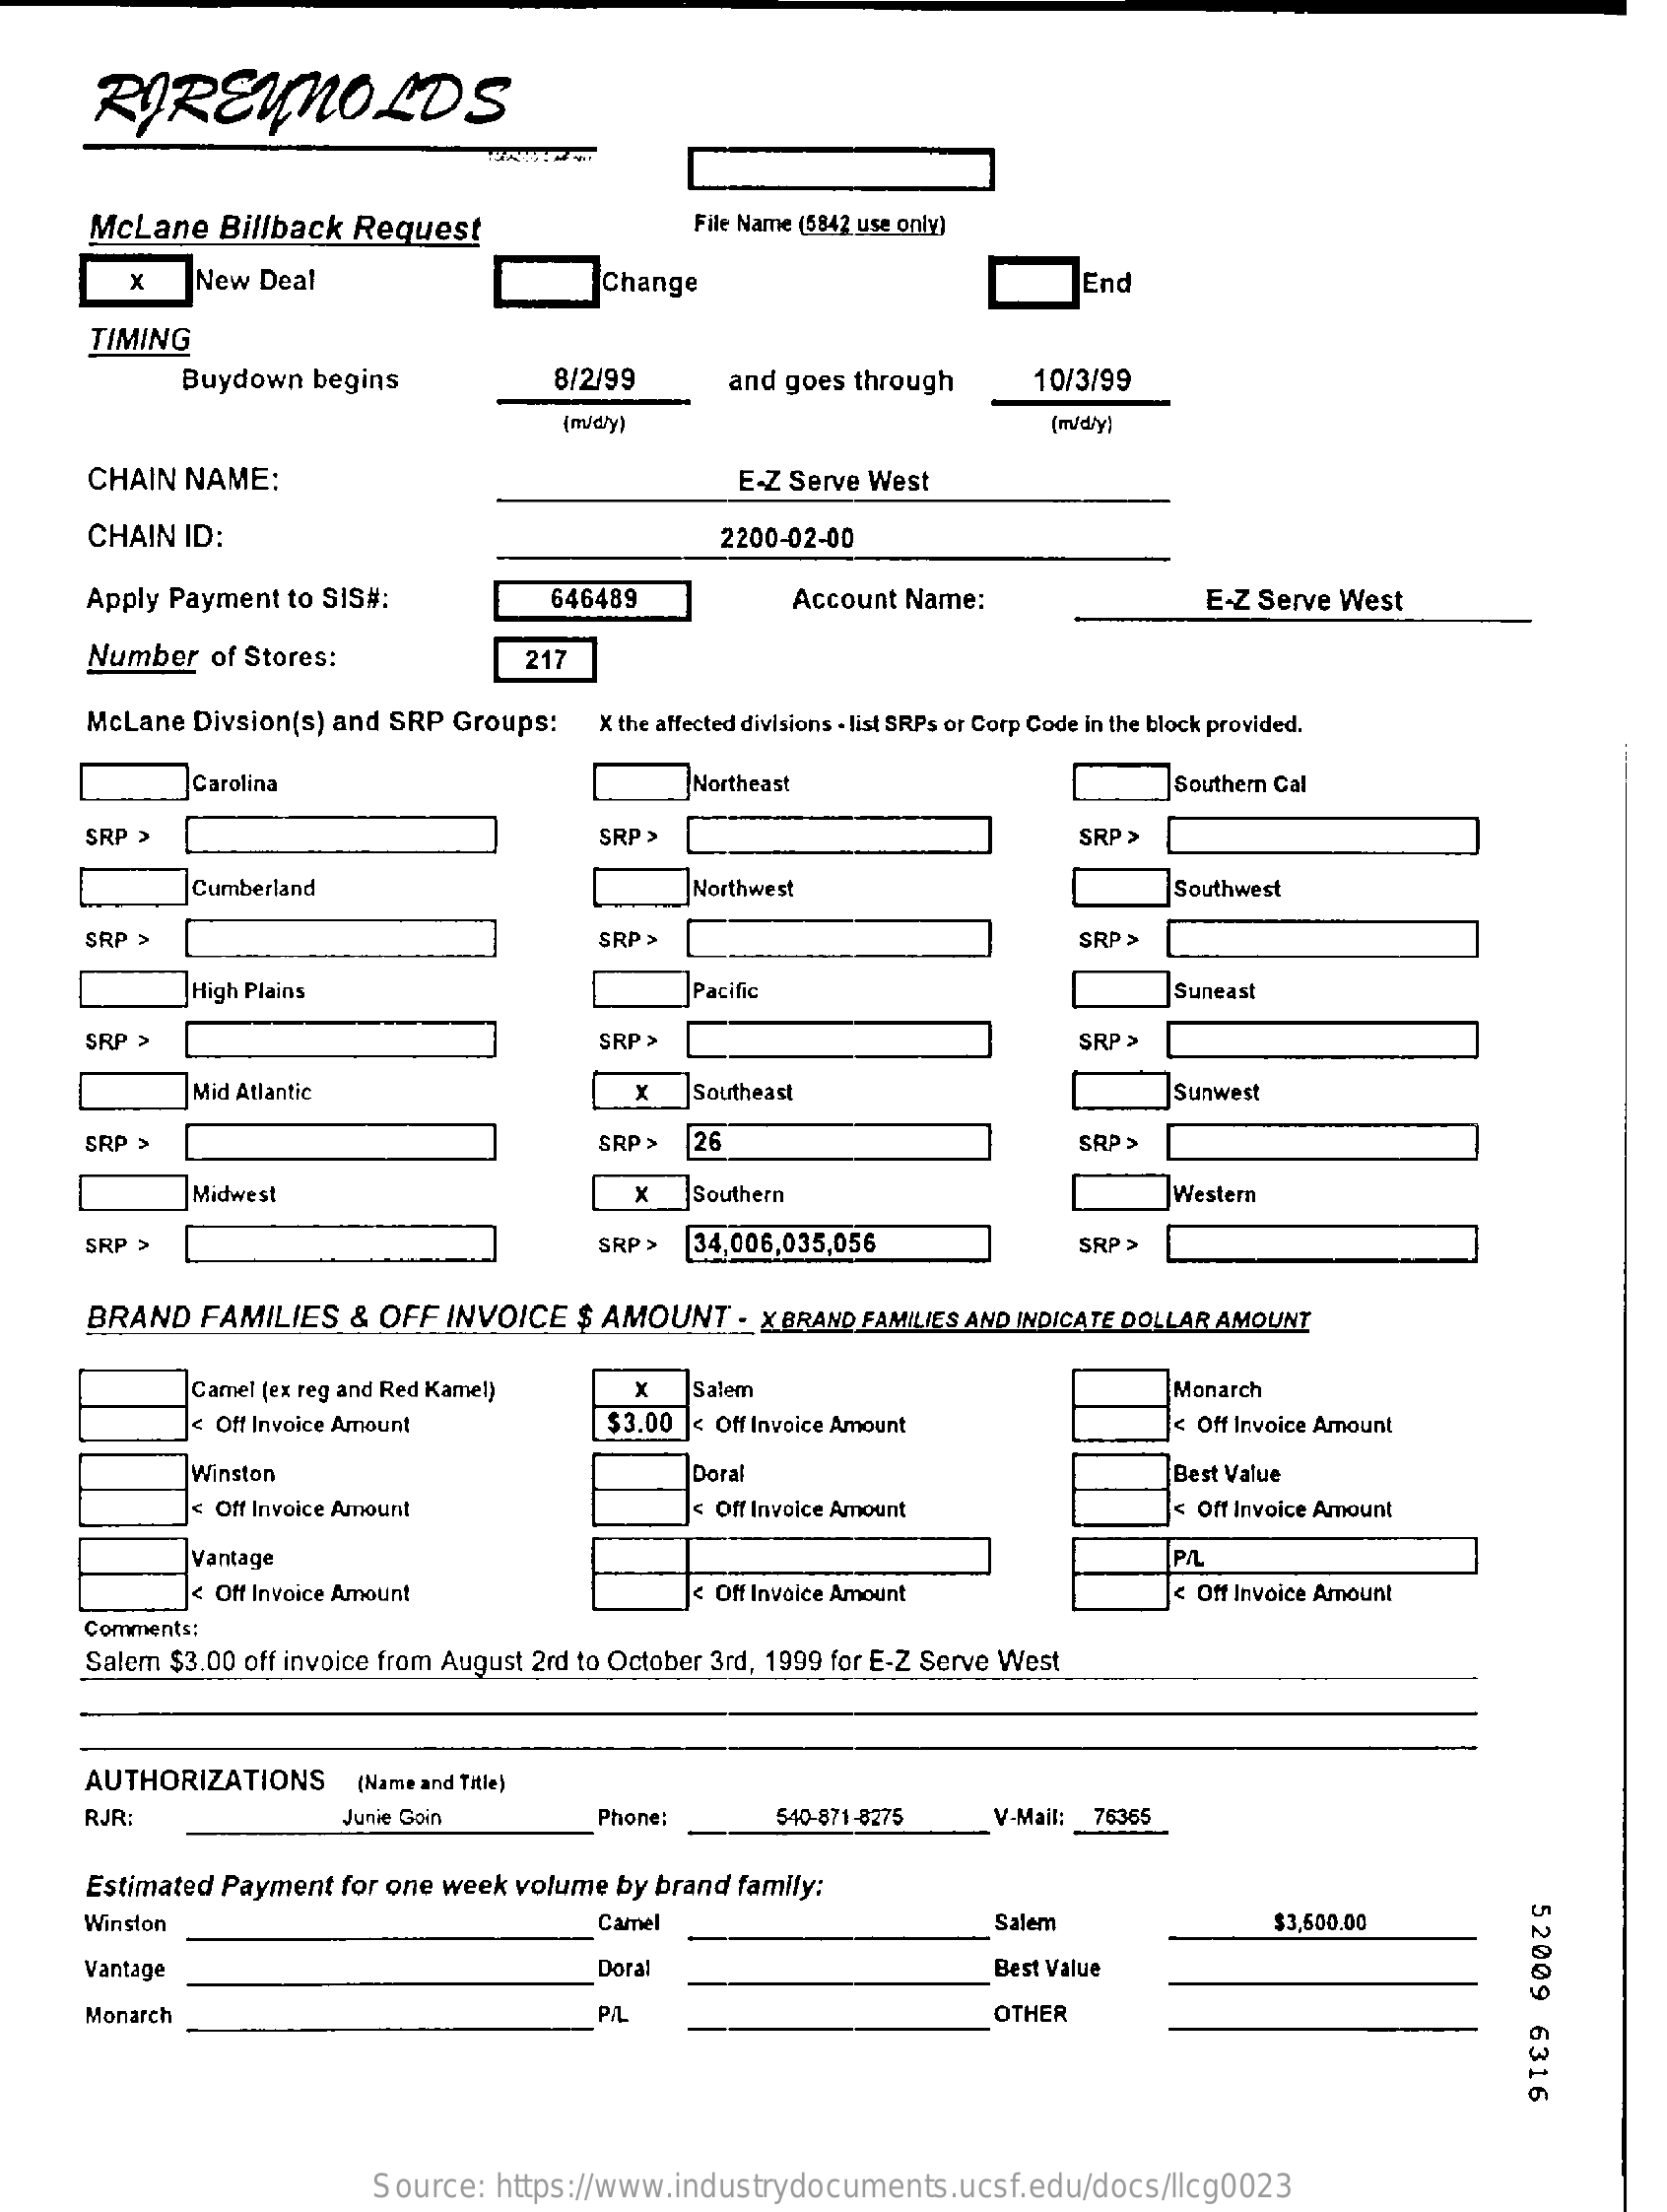
RIREYNOLDS
     McLane   Billback Request    File Name (5842 use only)
     x    New  Deal    Change    End
     TIMING
     Buydown   begins    8/2/99    and goes through    10/3/99
     {m/dły)    (m/d/y)
     CHAIN NAME:    E-Z Serve West
     CHAIN  ID:    2200-02-00
     Apply Payment to SIS#:    646489    Account Name:    E-Z Serve West
     Number  of Stores:    217
     McLane Divsion(s) and SRP Groups:   X the affected divisions - list SRPs or Corp Code in the block provided.
     Carolina    Northeast    Southern Cal
     SRP >    SRP >    SRP >
     Cumberland    Northwest    Southwest
     SRP >    SRP >    SRP >
     High Plains    Pacific    Suneast
     SRP >    SRP >    SRP >
     Mid Atlantic    x   Southeast    Sunwest
     SRP >    SRP > |26    SRP >
     Midwest    Southern    Western
     SRP >    SRP > 34,006,035,056    SRP >
     BRAND  FAMILIES   & OFF  INVOICE   $ AMOUNT    - X BRAND FAMILIES AND INDICATE DOLLAR AMOUNT
     |Camel (ex reg and Red Kamel)   x    Salem    Monarch
     < Off Invoice Amount    $3.00 < Off Invoice Amount    < Off Invoice Amount
     Winston    Doral    Best Value
     < Off Invoice Amount    < Off Invoice Amount    < Off Invoice Amount
     Vantage    PIL
     < Off Invoice Amount    < Off Invoice Amount    Off Invoice Amount
     Comments:
     Salem $3.00 off invoice from August 2rd to October 3rd, 1999 for E-Z Serve West
     AUTHORIZATIONS    (Name and Title)
     RJR:    Junie Goin    Phone:    540-871-8275   V-Mail: 76365
     Estimated Payment for one week volume by brand family:
     52009
     6316
     Winston    Camel    Salem    $3,600.00
     Vantage    Doral    Best Value
     Monarch    PIL    OTHER
     Source: https://www.industrydocuments.ucsf.edu/docs/llcg0023